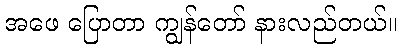
အဖေ ပြောတာ ကျွန်တော် နားလည်တယ်။